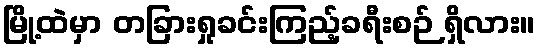
မြို့ထဲမှာ တခြားရှုခင်းကြည့်ခရီးစဉ် ရှိလား။